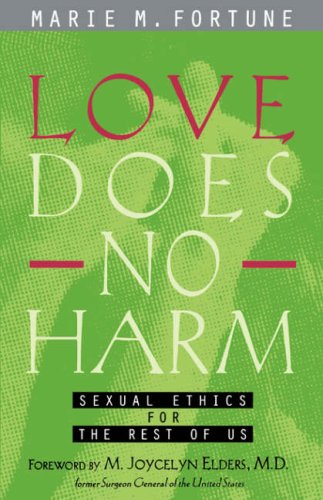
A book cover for Love Does No Harm: Sexual Ethics for the Rest of Us; Marie Fortune; Gay & Lesbian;